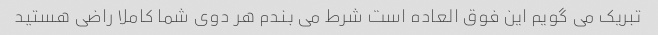
تبریک می گویم این فوق العاده است شرط می بندم هر دوی شما کاملا راضی هستید